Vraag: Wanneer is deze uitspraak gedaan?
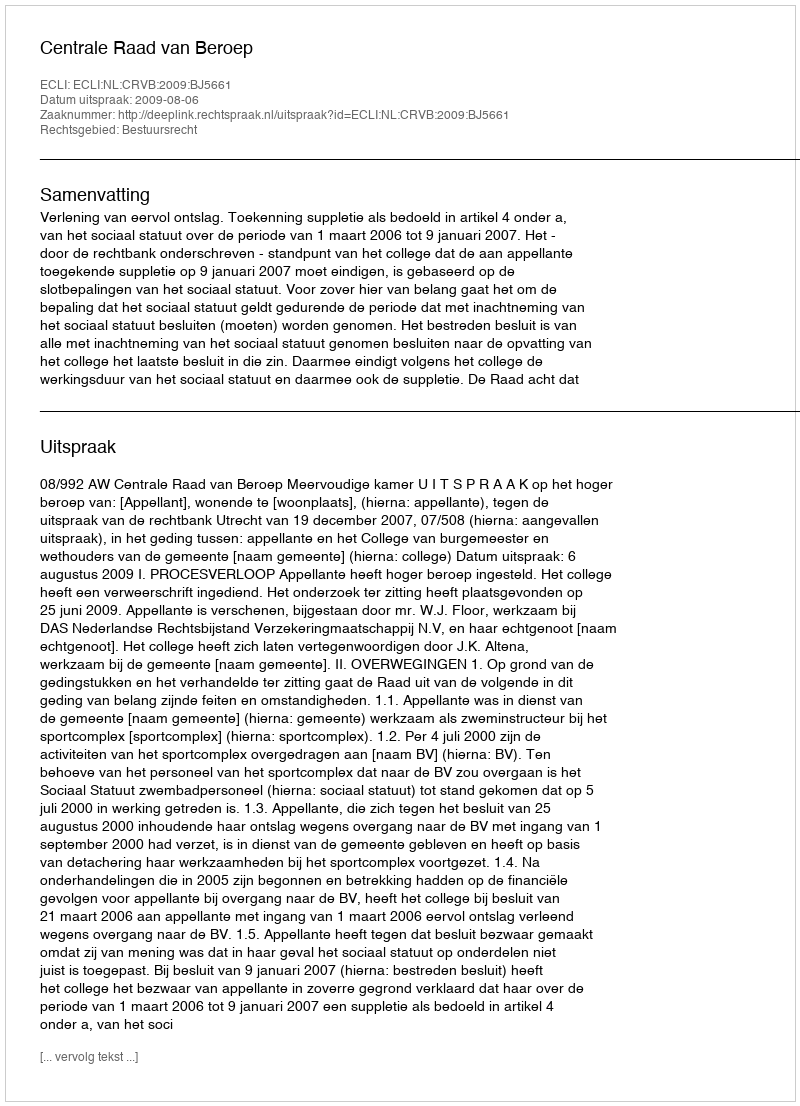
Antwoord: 2009-08-06